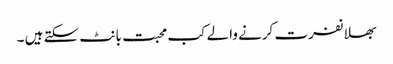
بھلا نفرت کرنے والے کب محبت بانٹ سکتے ہیں ۔